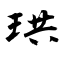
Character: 珙